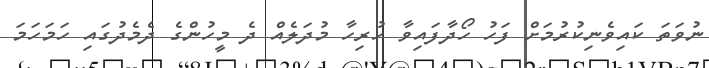
ނުވަތަ ކައިވެނިކުރުމަށް ފަހު ހޯދާފައިވާ ހުރިހާ މުދަލެއް ދެ މީހުންގެ ދެމެދުގައި ހަމަހަމަ